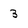
Character: 3